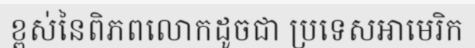
ខ្ពស់នៃពិភពលោកដូចជា ប្រទេសអាមេរិក